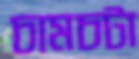
চামচটা